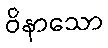
ဝိနာသော